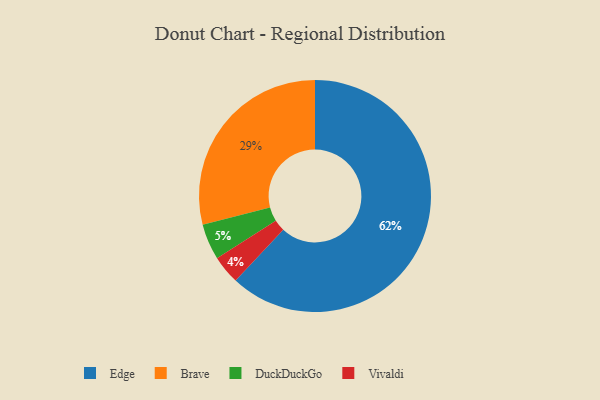
{"axis": {"x": "Category", "y": "Percentage"}, "legend": ["Brave", "DuckDuckGo", "Edge", "Vivaldi"], "data": [{"x": "DuckDuckGo", "y": 5, "type": "DuckDuckGo"}, {"x": "Edge", "y": 62, "type": "Edge"}, {"x": "Brave", "y": 29, "type": "Brave"}, {"x": "Vivaldi", "y": 4, "type": "Vivaldi"}]}